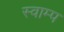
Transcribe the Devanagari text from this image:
स्वाम्प